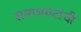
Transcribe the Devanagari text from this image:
समाजगटांची